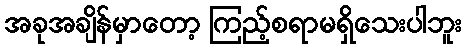
အခုအချိန်မှာတော့ ကြည့်စရာမရှိသေးပါဘူး